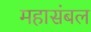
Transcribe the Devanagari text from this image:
महासंबल